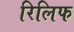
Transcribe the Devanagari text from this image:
रिलिफ